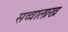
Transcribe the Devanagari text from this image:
सव्वालाख